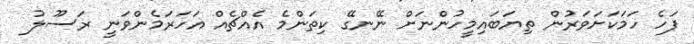
ފަހެ ހަމަކަށަވަރުން ތިޔަބައިމީހުންނަށް ނޭނގޭ ކިތަންމެ އެއްޗެއް އަހަރަމެންވަނީ ރަސޫލު